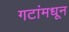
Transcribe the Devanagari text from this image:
गटांमधून